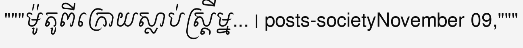
"""ម៉ូតូពីក្រោយស្លាប់ស្ត្រីម្ន... | posts-societyNovember 09,"""